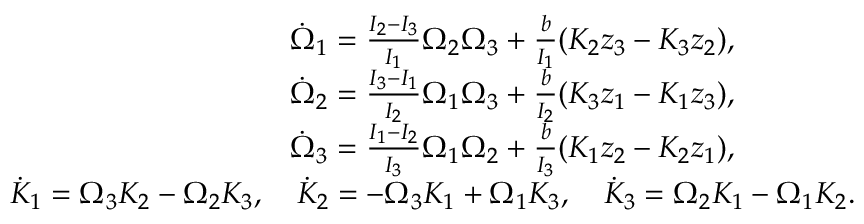
\begin{array} { r } { \dot { \Omega } _ { 1 } = \frac { I _ { 2 } - I _ { 3 } } { I _ { 1 } } \Omega _ { 2 } \Omega _ { 3 } + \frac { b } { I _ { 1 } } ( K _ { 2 } z _ { 3 } - K _ { 3 } z _ { 2 } ) , \qquad \qquad } \\ { \dot { \Omega } _ { 2 } = \frac { I _ { 3 } - I _ { 1 } } { I _ { 2 } } \Omega _ { 1 } \Omega _ { 3 } + \frac { b } { I _ { 2 } } ( K _ { 3 } z _ { 1 } - K _ { 1 } z _ { 3 } ) , \qquad \qquad } \\ { \dot { \Omega } _ { 3 } = \frac { I _ { 1 } - I _ { 2 } } { I _ { 3 } } \Omega _ { 1 } \Omega _ { 2 } + \frac { b } { I _ { 3 } } ( K _ { 1 } z _ { 2 } - K _ { 2 } z _ { 1 } ) , \qquad \qquad } \\ { \dot { K } _ { 1 } = \Omega _ { 3 } K _ { 2 } - \Omega _ { 2 } K _ { 3 } , \quad \dot { K } _ { 2 } = - \Omega _ { 3 } K _ { 1 } + \Omega _ { 1 } K _ { 3 } , \quad \dot { K } _ { 3 } = \Omega _ { 2 } K _ { 1 } - \Omega _ { 1 } K _ { 2 } . } \end{array}